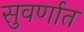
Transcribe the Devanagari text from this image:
सुवर्णात